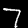
Label: 7